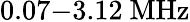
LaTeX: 0.07{-}3.12~\mathrm{MHz}